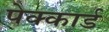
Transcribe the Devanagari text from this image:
पेक्कार्ड